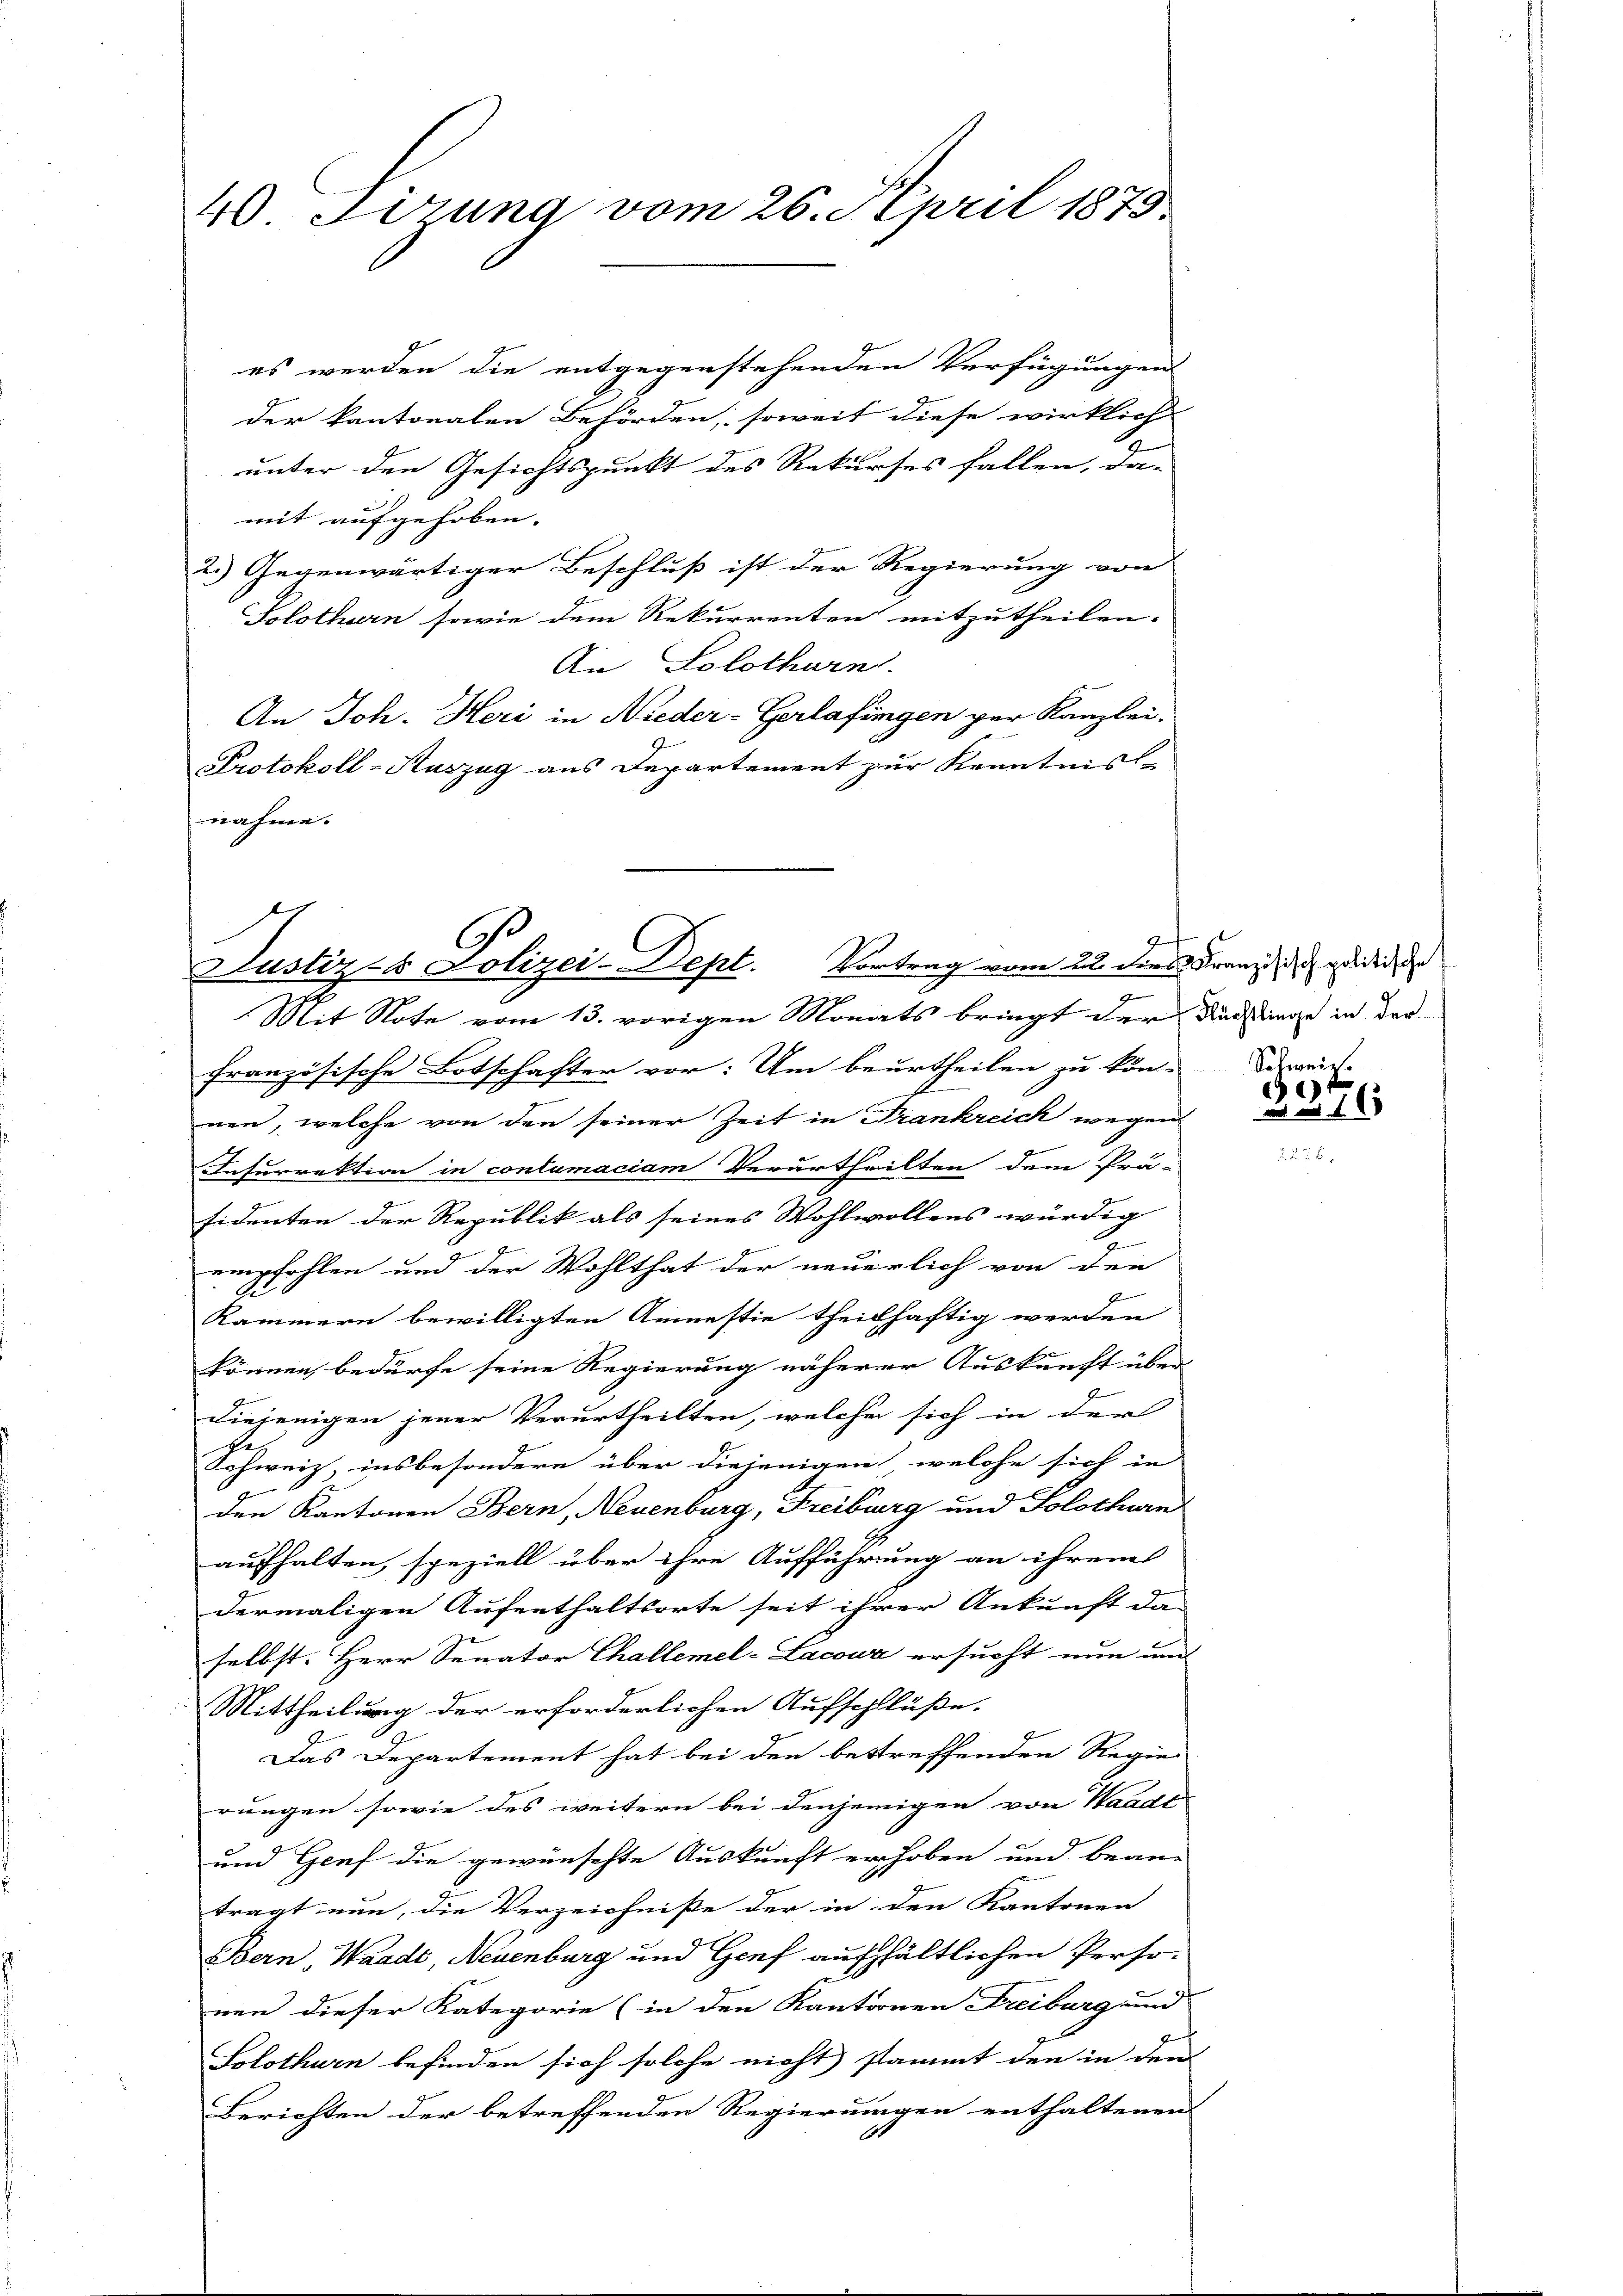
40. Sirung vom 26. April 1875

Justiz- & Polizei-Dept. Vortrag vom 22. ders Franz, d. gedeihe
n
Mit Note vom 13. vorigen Monats bringt der Ausstiege in der

es werden die entgegenstehenden Verfügungen
der kantonalen Behörden, soweit diese wirklich
unter den Gesichtspunkt des Rekurses fallen, da-

mit aufgehoben.
2.) Gegenwärtiger Beschluß ist der Regierung von
Solothurn sowie dem Rekurrenten mitzutheilen.
An Solothurn.
An Joh. Heri in Nieder-Gerlafingen per Kanzlei.
Protokoll-Auszug aus Departement zur Kenntnisse
nahme. |

7

französische Botschafter vor: Um beurtheilen zu kön-
nen, welche von den seiner Zeit in Frankreich wegen
Insurrektion in contumaciam Verurtheilten dem Prä-
sidenten der Republik als seines Wohlwollens würdig
empfohlen und der Wohlthat der neuerlich von den
Kammern bewilligten Anmestie theilhaftig werden
können, bedürfe seine Regierung näherer Auskunft überdiejenigen jener Verurtheilten, welche sich in der
Schweiz, insbesondere über diejenigen, welche sich in
den Kantonen Bern, Neuenburg, Freiburg und Solothurn
aufhalten, speziell über ihre Aufführung an ihrem
dermaligen Aufenthaltsorte seit ihrer Ankunft da
selbst. Herr Senator Challemel-Lacouz ersucht nun und
Mittheilung der erforderlichen Aufschlüße.
Das Departement hat bei den bestreffenden Regie
rungen sowie des weitern bei denjenigen von Waadt
und Genf die gewünschte Auskunft erhoben und beanträgt nun, die Verzeichniße der in den Kantonen
Bern, Waadt, Neuenburg und Genf aufhältlichen Perso-
nen dieser Kategorie (in den Kantonen Freiburg und
Solothurn befinden sich solche nicht stammt den in den |
Berichten der betreffenden Regierungen enthaltenen

Selweis.
)
11